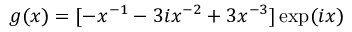
g ( x ) = [ - x ^ { - 1 } - 3 i x ^ { - 2 } + 3 x ^ { - 3 } ] \exp ( i x )